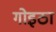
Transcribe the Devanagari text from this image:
गोइठा